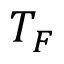
T _ { F }